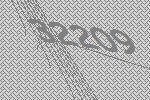
32209